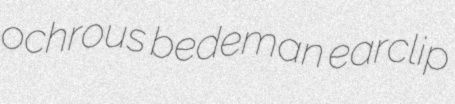
ochrous bedeman earclip